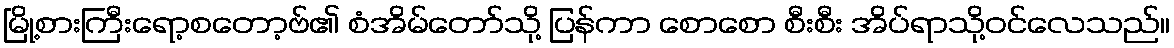
မြို့စားကြီးရော့စတော့ဗ်၏ စံအိမ်တော်သို့ ပြန်ကာ စောစော စီးစီး အိပ်ရာသို့ဝင်လေသည်။